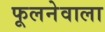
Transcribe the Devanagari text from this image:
फूलनेवाला